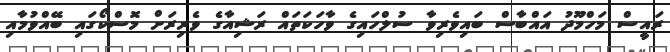
ރައީސް މަހްމޫދު އައްބާސް ބައިވެރިވާ ސުލްހައިގެ ވާހަކަތައް ރަޝިއާގެ ވެރިރަށް މޮސްކޯގައި ބޭއްވުމާއި